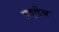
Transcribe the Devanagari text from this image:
श्रद्धेस